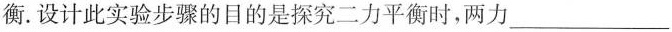
衡。设计此实验步骤的目的是探究二力平衡时，两力___